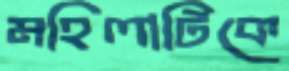
মহিলাটিকে